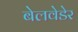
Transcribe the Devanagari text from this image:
बेलवेडेर